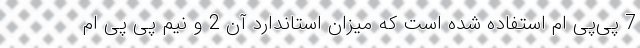
7 پی‌پی ام استفاده شده است که میزان استاندارد آن 2 و نیم پی پی ام